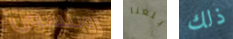
روبنسون بلغنا ذلك